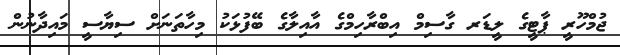
ޖުމްހޫރީ ޕާޓީގެ ލީޑަރ ގާސިމް އިބްރާހިމްގެ އާއިލާގެ ބޭފުޅަކު މިހާތަނަށް ސިޔާސީ މައިދާނުން